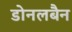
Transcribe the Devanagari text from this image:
डोनलबैन